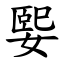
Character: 媐